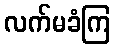
လက်မခံကြ